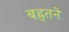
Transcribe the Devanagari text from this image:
बह्र्तने